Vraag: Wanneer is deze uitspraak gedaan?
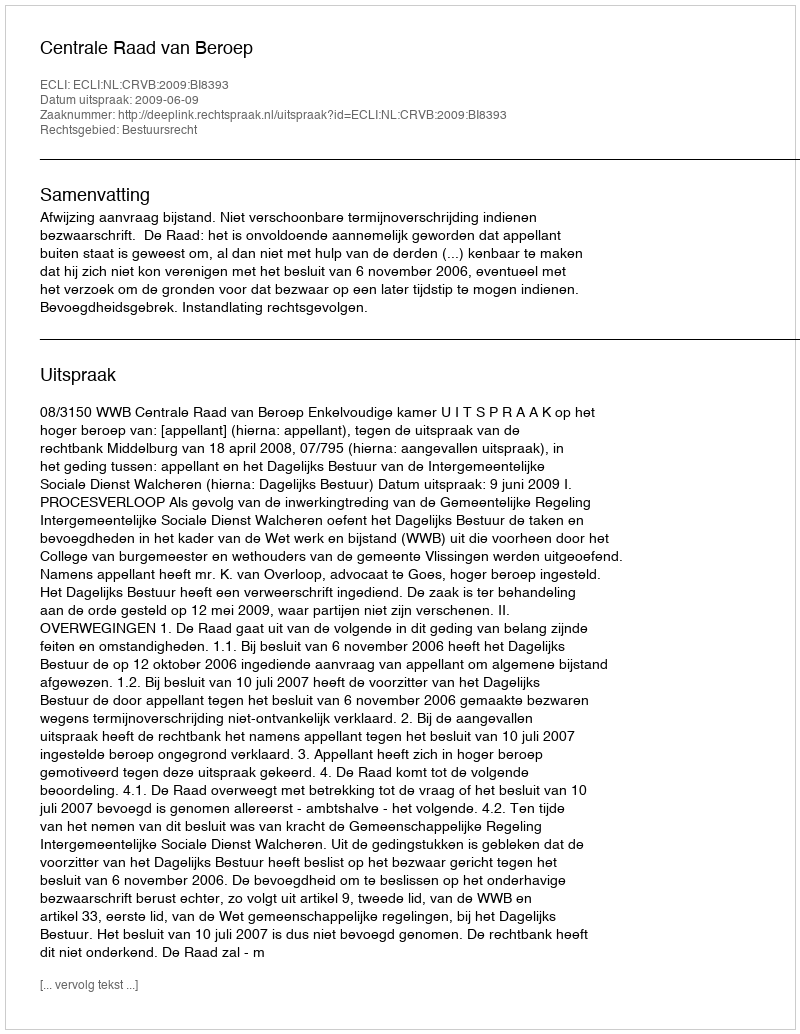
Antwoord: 2009-06-09